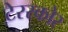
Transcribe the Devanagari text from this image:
टेररकोर